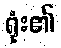
ရုံး၏